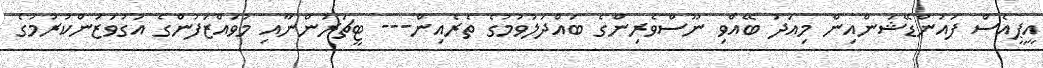
އީޕީއެސް ފައުންޑޭޝަންއިން މިއަދު ބޭއްވި ނޫސްވެރިންގެ ބައްދަލުވުމުގެ ތެރެއިން--- ޓީޗަރުންނާއި މުވައްޒަފުންގެ އަގުވަޒަންކުރުމުގެ